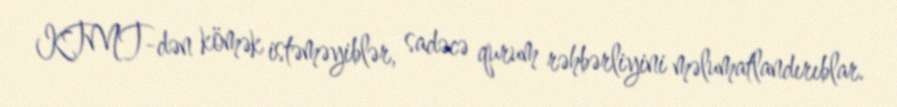
KTMT-dən kömək istəməyiblər, sadəcə qurum rəhbərliyini məlumatlandırıblar.